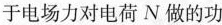
于电场力对电荷N做的功